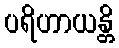
ပရိဟာယန္တိ